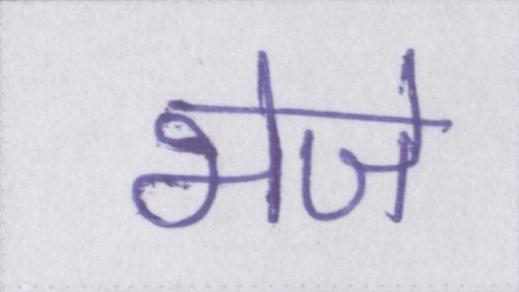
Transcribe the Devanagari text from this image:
भेजे